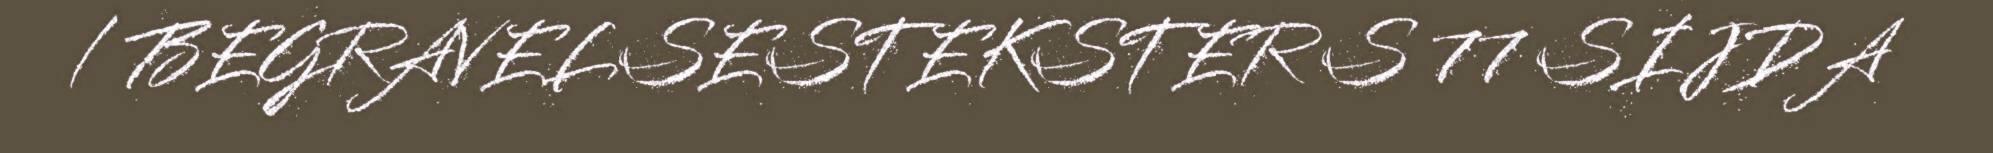
/ BEGRAVELSESTEKSTER S 77 SIJDA